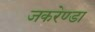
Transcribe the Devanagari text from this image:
जकरेण्डा